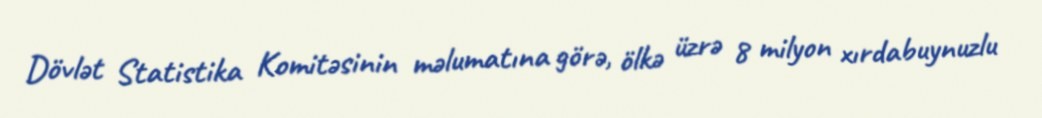
Dövlət Statistika Komitəsinin məlumatına görə, ölkə üzrə 8 milyon xırdabuynuzlu